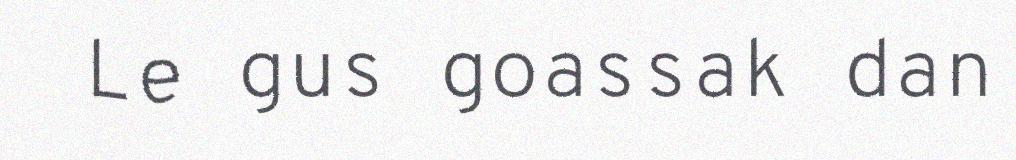
Le gus goassak dan